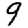
Digit: 9